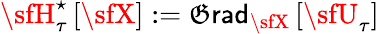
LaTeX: {\sfH}_{\tau}^{\star}\left[\sfX\right]:={\sf\mathfrak{G}rad}_{\sfX}\left[{\sfU}_{\tau}\right]